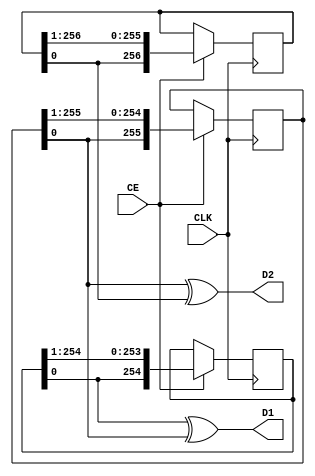
module data_generator(
    input  wire CLK,
    input  wire CE,
    output wire D1,
    output wire D2
);

    // Ring buffers
    reg [254:0] ring1;
    initial ring1 <= 255'b010100110101100010111100101101010010011100001110110010000001011011011111011000101110100111001101101100110111101100001111100110000001011011010000111011000010001010101000101111101110110111100110110000001100101111111011010111100001101100001101111111001110111;

    reg [255:0] ring2;
    initial ring2 <= 256'b1010101100101110000100100101010000100000101110111011110111011111000111101101010101110111010011011101100100011111111101101000111110110110100010011011001001000011100011001001110001110101000001010011011001100101000001011111011101010000110011101111110100110010;

    reg [256:0] ring3;
    initial ring3 <= 257'b10000001100111000110101001001111100011011001100011011111000100110100110001011101100111110101101111101011000101110100100110110010000111100011111101010000000100101000100100110101011111011000100100001001100110101011111101101011011100010101000111110010110011110;

    // Rotate ring buffers
    always @(posedge CLK)
        if (CE) ring1 <= {ring1[0], ring1[254:1]};
    always @(posedge CLK)
        if (CE) ring2 <= {ring2[0], ring2[255:1]};
    always @(posedge CLK)
        if (CE) ring3 <= {ring3[0], ring3[256:1]};

    // Output data
    assign D1 = ring1[0] ^ ring2[0];
    assign D2 = ring2[0] ^ ring3[0];

endmodule